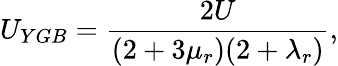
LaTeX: U_{YGB}=\frac{2U}{(2+3\mu_{r})(2+\lambda_{r})},